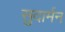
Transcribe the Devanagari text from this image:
सुदार्मन